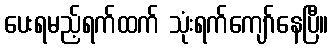
ပေးရမည့်ရက်ထက် သုံးရက်ကျော်နေပြီ။